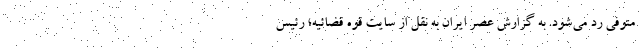
متوفی رد می‌شود. به گزارش عصر ایران به نقل از سایت قوه قضائیه؛ رئیس